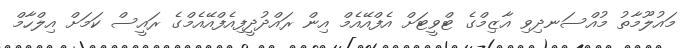
މައުލޫމާތު މުއްސަނދިވި އާޒިމްގެ ޓްވީޓަށް އެފްއޭއެމް އިން ރައްދުދީފިއެފްއޭއެމްގެ ރައީސް ކަމަށް އިލްހާމް